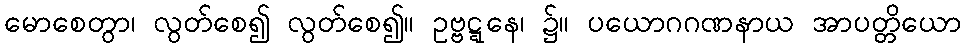
မောစေတွာ၊ လွတ်စေ၍ လွတ်စေ၍။ ဥဗ္ဗဋ္ဋနေ၊ ၌။ ပယောဂဂဏနာယ အာပတ္တိယော